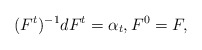
\begin{align*} (F^t)^{-1}d F^t = \alpha_t, F^{0} =F, \end{align*}